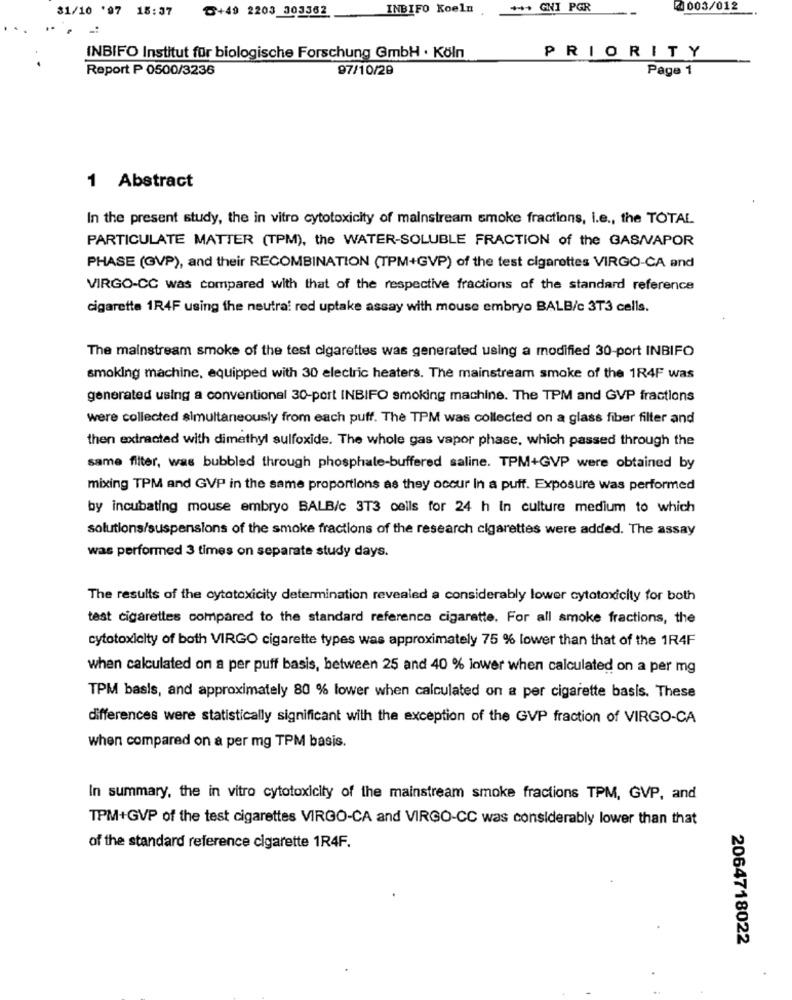
31/10 '97 15:37
INBIFO Koeln
+++ GNI PGR
2003/012
℃+49 2203 303362
INBIFO Institut für biologische Forschung GmbH . Köln
PRIORITY
Report P 0500/3236
97/10/20
Page 1
1 Abstract
In the present study, the in vitro cytotoxicity of mainstream smoke fractions, I.e ., the TOTAL
PARTICULATE MATTER (TPM), the WATER-SOLUBLE FRACTION of the GAS/VAPOR
PHASE (GVP), and their RECOMBINATION (TPM+GVP) of the test cigarettes VIRGO-CA and
VIRGO-CC was compared with that of the respective fractions of the standard reference
cigarette 1R4F using the neutra: red uptake assay with mouse embryo BALB/c 3T3 cells.
The mainstream smoke of the test cigarettes was generated using a modified 30-port INBIFO
smoking machine, equipped with 30 electric heaters. The mainstream smoke of the 1R4F was
generated using a conventional 30-port INBIFO smoking machine. The TPM and GVP fractions
were collected simultaneously from each puff. The TPM was collected on a glass fiber filter and
then extracted with dimethyl sulfoxide. The whole gas vapor phase, which passed through the
same filter, was bubbled through phosphate-buffered saline. TPM+GVP were obtained by
mixing TPM and GVP in the same proportions as they occur In a puff. Exposure was performed
by incubating mouse embryo BALB/c 3T3 cells for 24 h In culture medium to which
solutions/suspensions of the smoke fractions of the research cigarettes were added. The assay
was performed 3 times on separate study days.
The results of the cytotoxicity determination revealed a considerably lower cytotoxicity for both
test cigarettes compared to the standard reference cigarette. For all smoke fractions, the
cytotoxicity of both VIRGO cigarette types was approximately 75 % lower than that of the 1R4F
when calculated on a per puff basis, between 25 and 40 % lower when calculated on a per mg
TPM basis, and approximately 80 % lower when calculated on a per cigarette basis. These
differences were statistically significant with the exception of the GVP fraction of VIRGO-CA
when compared on a per mg TPM basis.
In summary, the in vitro cytotoxicity of the mainstream smoke fractions TPM, GVP, and
TPM+GVP of the test cigarettes VIRGO-CA and VIRGO-CC was considerably lower than that
of the standard reference cigarette 1R4F.
2064718022